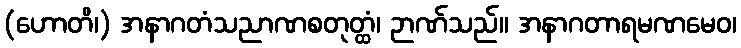
(ဟောတိ၊) အနာဂတံသညာဏစတုတ္ထံ၊ ဉာဏ်သည်။ အနာဂတာရမဏမေဝ၊